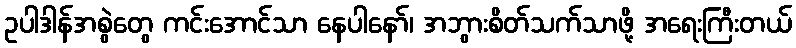
ဥပါဒါန်အစွဲတွေ ကင်းအောင်သာ နေပါနော်၊ အဘွားစိတ်သက်သာဖို့ အရေးကြီးတယ်